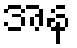
အန